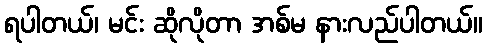
ရပါတယ်၊ မင်း ဆိုလိုတာ အစ်မ နားလည်ပါတယ်။